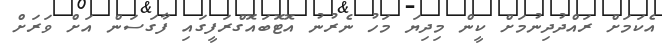
އެކަމަށް ރައްދުދިނުމަށް ކީން މިދިޔަ މަހު ނެރުނު އޮޓޮބައޮގްރަފީގައި ފާގަސަން އަށް ވަރަށް